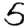
Digit: 5